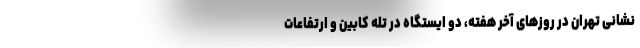
نشانی تهران در روز‌های آخر هفته، دو ایستگاه در تله کابین و ارتفاعات